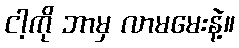
ငါ့ကို ဘာမှ လာမမေးနဲ့။